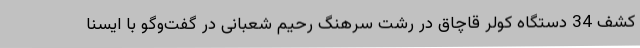
کشف 34 دستگاه کولر قاچاق در رشت سرهنگ رحیم شعبانی در گفت‌وگو با ایسنا